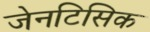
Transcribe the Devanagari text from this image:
जेनटिसिक